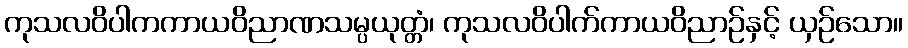
ကုသလဝိပါကကာယဝိညာဏသမ္ပယုတ္တံ၊ ကုသလဝိပါက်ကာယဝိညာဉ်နှင့် ယှဉ်သော။